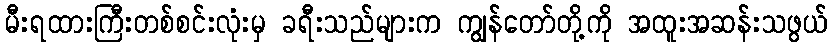
မီးရထားကြီးတစ်စင်းလုံးမှ ခရီးသည်များက ကျွန်တော်တို့ကို အထူးအဆန်းသဖွယ်